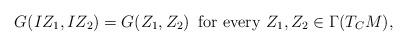
LaTeX: \begin{align*}G(IZ_1,IZ_2)=G(Z_1,Z_2)\,\,\,{\rm for\,\,every}\,\,Z_1,Z_2\in\Gamma(T_CM),\end{align*}